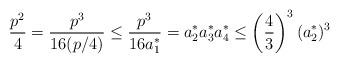
LaTeX: \begin{align*} \frac{p^{2}}{4} = \frac{p^{3}}{16 (p/4)} \leq \frac{p^{3}}{16 a_{1}^{*}} = a_{2}^{*} a_{3}^{*} a_{4}^{*} \leq \left(\frac{4}{3}\right)^{3} (a_{2}^{*})^{3}\end{align*}